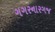
ગગરનારગજ